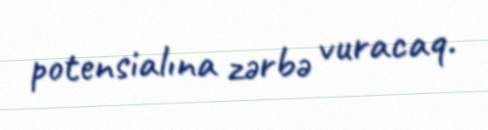
potensialına zərbə vuracaq.